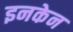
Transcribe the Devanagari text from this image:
इनकेन